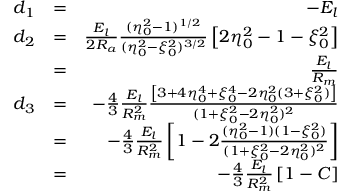
\begin{array} { r l r } { d _ { 1 } } & { = } & { - E _ { l } } \\ { d _ { 2 } } & { = } & { \frac { E _ { l } } { 2 R _ { a } } \frac { ( \eta _ { 0 } ^ { 2 } - 1 ) ^ { 1 / 2 } } { ( \eta _ { 0 } ^ { 2 } - \xi _ { 0 } ^ { 2 } ) ^ { 3 / 2 } } \left[ 2 \eta _ { 0 } ^ { 2 } - 1 - \xi _ { 0 } ^ { 2 } \right] } \\ & { = } & { \frac { E _ { l } } { R _ { m } } } \\ { d _ { 3 } } & { = } & { - \frac { 4 } { 3 } \frac { E _ { l } } { R _ { m } ^ { 2 } } \frac { \left[ 3 + 4 \eta _ { 0 } ^ { 4 } + \xi _ { 0 } ^ { 4 } - 2 \eta _ { 0 } ^ { 2 } ( 3 + \xi _ { 0 } ^ { 2 } ) \right] } { ( 1 + \xi _ { 0 } ^ { 2 } - 2 \eta _ { 0 } ^ { 2 } ) ^ { 2 } } } \\ & { = } & { - \frac { 4 } { 3 } \frac { E _ { l } } { R _ { m } ^ { 2 } } \left[ 1 - 2 \frac { ( \eta _ { 0 } ^ { 2 } - 1 ) ( 1 - \xi _ { 0 } ^ { 2 } ) } { ( 1 + \xi _ { 0 } ^ { 2 } - 2 \eta _ { 0 } ^ { 2 } ) ^ { 2 } } \right] } \\ & { = } & { - \frac { 4 } { 3 } \frac { E _ { l } } { R _ { m } ^ { 2 } } \left[ 1 - \cal { C } \right] } \end{array}